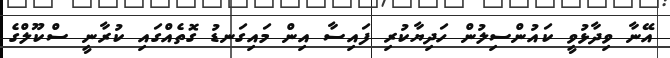
އޭނާ ވިދާޅުވީ ކައުންސިލުން ހަދިޔާކުރި ފައިސާ އިިން މައިގަނޑު ގޮތެއްގައި ކުރާނީ ސްކޫލްގެ